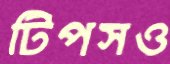
টিপসও